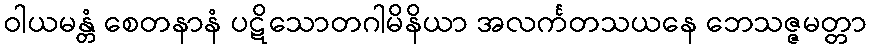
ဝါယမန္တံ စေတနာနံ ပဋိသောတဂါမိနိယာ အလင်္ကတသယနေ ဘေသဇ္ဇမတ္တာ